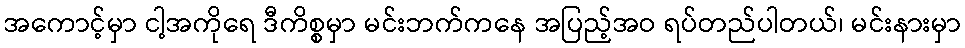
အကောင့်မှာ ငါ့အကိုရေ ဒီကိစ္စမှာ မင်းဘက်ကနေ အပြည့်အဝ ရပ်တည်ပါတယ်၊ မင်းနားမှာ